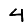
Digit: 4